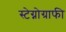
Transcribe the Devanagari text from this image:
स्टेग्नोग्राफी